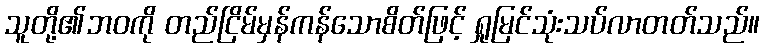
သူတို့၏ဘဝကို တည်ငြိမ်မှန်ကန်သောစိတ်ဖြင့် ရှုမြင်သုံးသပ်လာတတ်သည်။